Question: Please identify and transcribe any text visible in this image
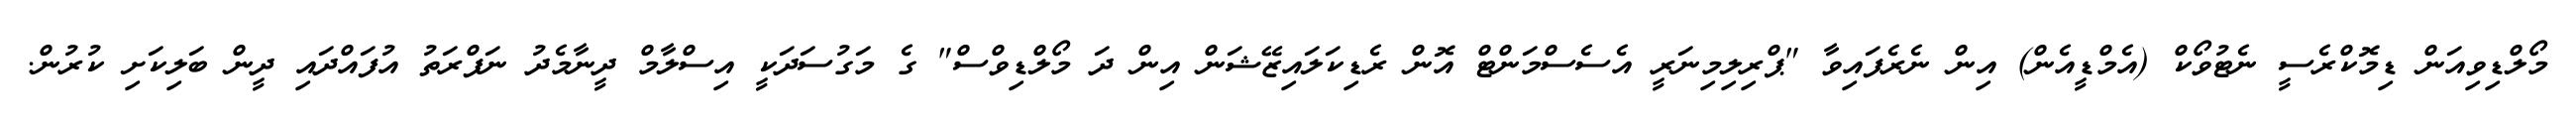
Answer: މޯލްޑިވިއަން ޑިމޮކްރެސީ ނެޓުވޯކް (އެމްޑީއެން) އިން ނެރެފައިވާ "ޕްރިލިމިނަރީ އެސެސްމަންޓް އޮން ރެޑިކަލައިޒޭޝަން އިން ދަ މޯލްޑިވްސް" ގެ މަގުސަދަކީ އިސްލާމް ދީނާމެދު ނަފްރަތު އުފައްދައި ދީން ބަލިކަށި ކުރުން.